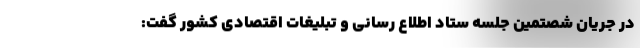
در جریان شصتمین جلسه ستاد اطلاع رسانی و تبلیغات اقتصادی کشور گفت: